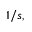
1 / s ,